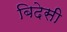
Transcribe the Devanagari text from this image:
बिदेसी